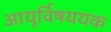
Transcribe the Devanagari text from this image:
आयुर्विषययक